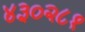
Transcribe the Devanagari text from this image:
४३०२८१